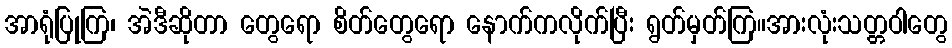
အာရုံပြုကြ၊ အဲဒီဆိုတာ တွေရော စိတ်တွေရော နောက်ကလိုက်ပြီး ရွတ်မှတ်ကြ။အားလုံးသတ္တဝါတွေ